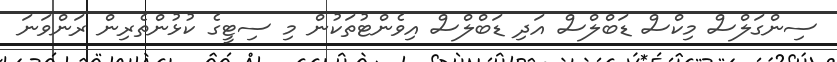
ސިންގަލްސް މިކްސް ޑަބްލްސް އަދި ޑަބްލްސް އިވެންޓުތަކުން މި ސިޓީގެ ކުޅުންތެރިން ރަންވަނަ